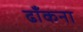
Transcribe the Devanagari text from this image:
ढाँकना